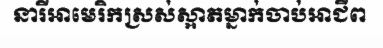
នារីអាមេរិកស្រស់ស្អាតម្នាក់ចាប់អាជីព